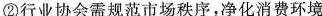
②行业协会需规范市场秩序，净化消费环境